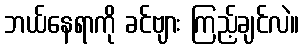
ဘယ်နေရာကို ခင်ဗျား ကြည့်ချင်လဲ။